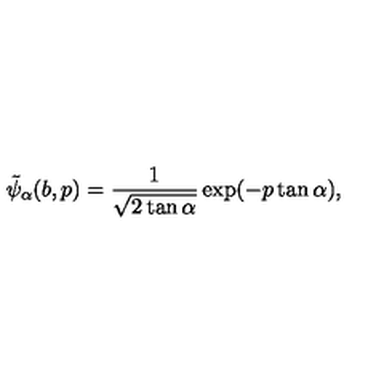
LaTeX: \tilde { \psi } _ { \alpha } ( b , p ) = \frac { 1 } { \sqrt { 2 \tan \alpha } } \exp ( - p \tan \alpha ) ,